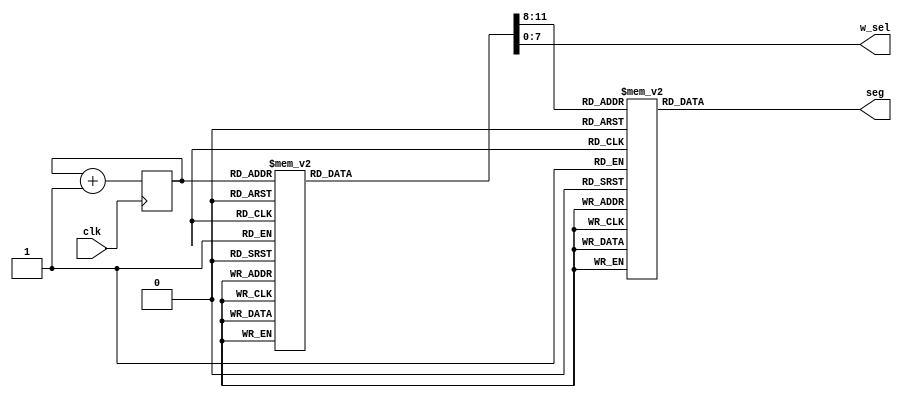
module DigitalTube (
	 clk,seg,w_sel
);
    input clk;
    parameter[31:0] datain=32'h20210527;
    output reg[7:0] seg;
    output reg[7:0] w_sel;
    reg[2:0] cnt;
    reg[3:0] data;
always @(cnt) begin
    case(cnt)
        3'b000:begin w_sel<=8'b00000001;data<=datain[3:0];end
        3'b001:begin w_sel<=8'b00000010;data<=datain[7:4];end
        3'b010:begin w_sel<=8'b00000100;data<=datain[11:8];end
        3'b011:begin w_sel<=8'b00001000;data<=datain[15:12];end
        3'b100:begin w_sel<=8'b00010000;data<=datain[19:16];end
        3'b101:begin w_sel<=8'b00100000;data<=datain[23:20];end
        3'b110:begin w_sel<=8'b01000000;data<=datain[27:24];end
        3'b111:begin w_sel<=8'b10000000;data<=datain[31:28];end
    endcase
end
always @(posedge clk) begin
    cnt <= cnt+1;
end
always@(data)
begin
    case(data)
    4'b0000:seg<=8'b11000000;
    //4'b0001:seg<=8'b11111001;
	 4'b0001:seg<=8'b01111001;  //
    4'b0010:seg<=8'b10100100;
    4'b0011:seg<=8'b10110000;
    4'b0100:seg<=8'b10011001;
    4'b0101:seg<=8'b00010010;
    4'b0110:seg<=8'b10000010;
    4'b0111:seg<=8'b11111000;
    4'b1000:seg<=8'b10000000;
    4'b1001:seg<=8'b10010000;
    4'b1010:seg<=8'b10001000;
    4'b1011:seg<=8'b10000011;
    4'b1100:seg<=8'b11000110;
	 4'b1101:seg<=8'b10100001; 
    4'b1110:seg<=8'b10000110;
    4'b1111:seg<=8'b10001110;
    endcase
end
endmodule